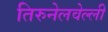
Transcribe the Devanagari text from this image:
तिरुनेलवेल्ली